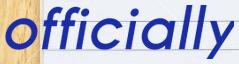
officially